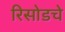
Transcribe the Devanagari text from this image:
रिसोडचे